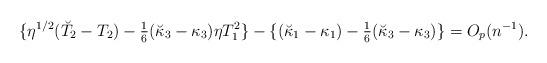
LaTeX: \begin{align*}\{\eta^{1/2}(\breve T_2-T_2)-{\textstyle{1\over 6}}(\breve \kappa_3-\kappa_3)\eta T_1^2\}-\{(\breve \kappa_1-\kappa_1)-{\textstyle{1\over 6}}(\breve \kappa_3-\kappa_3)\}=O_p(n^{-1}).\end{align*}